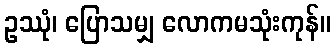
ဥဿုံ၊ ပြောသမျှ လောကမသုံးကုန်။